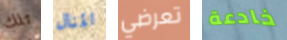
تلك المنال تعرضي خادعة